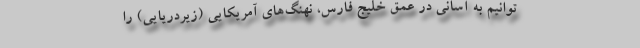
‌توانیم به آسانی در عمق خلیج فارس، نهنگ‌های آمریکایی (زیردریایی) را